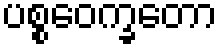
ပစ္စဝေက္ခတော